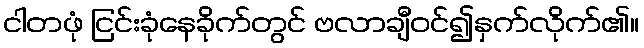
ငါတဖုံ ငြင်းခုံနေခိုက်တွင် ဗလာချီဝင်၍နှက်လိုက်၏။